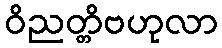
ဝိညတ္တိဗဟုလာ